Vaccination in Bombay 1889-1901 - 1889-1901
Year: 1889
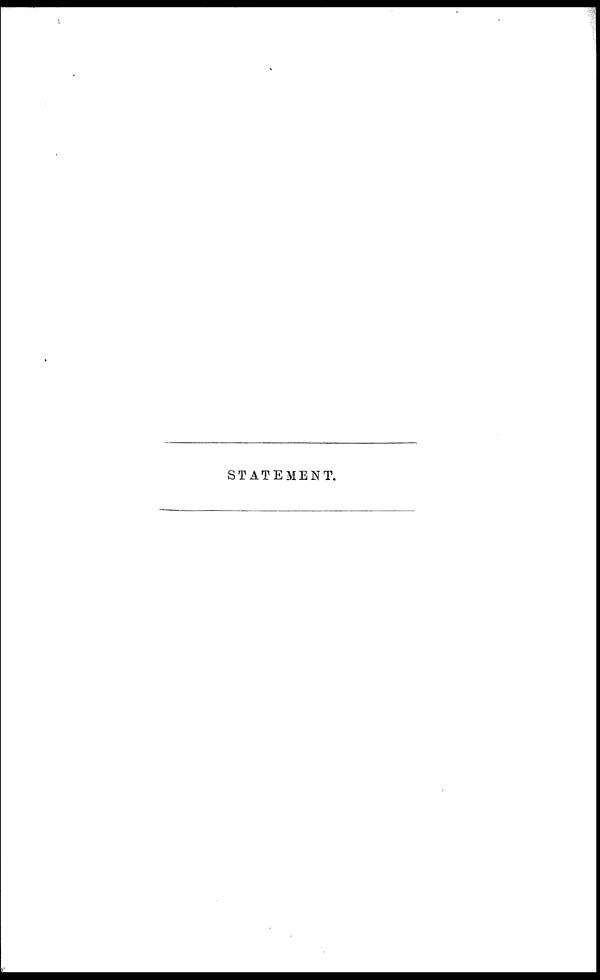
STATEMENT.